Studies on the mouth parts a Comparative anatomy of the proboscis in the blood-sucking muscidae - Number 60
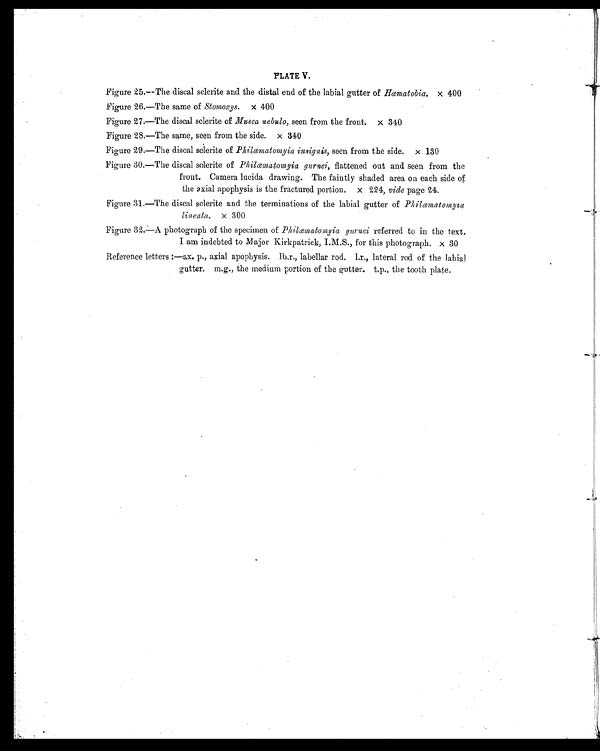
PLATE V.
Figure 25.—The discal sclerite and the distal end of the labial gutter of Hæmatobia. x 400
Figure 26.—The same of Stomoxys. x 400
Figure 27.—The discal sclerite of Musca nebulo, seen from the front. x 340
Figure 28.—The same, seen from the side. x 340
Figure 29.—The discal sclerite of Philæmatomyia insignis, seen from the side. x 130
Figure 30.—The discal sclerite of Philæmatomyia gurnei, flattened out and seen from the
front. Camera lucida drawing. The faintly shaded area on each side of
the axial apophysis is the fractured portion. x 224, vide page 24.
Figure 31.—The discal sclerite and the terminations of the labial gutter of Philæmatomyia
lineata. x 300
Figure 32.—A photograph of the specimen of Philæmatomyia gurnei referred to in the text.
I am indebted to Major Kirkpatrick, I.M.S., for this photograph. x 30
Reference letters :—ax. p., axial apophysis. lb.r., labellar rod. l.r., lateral rod of the labial
gutter. m.g., the medium portion of the gutter. t.p., the tooth plate.